Scottish Leaving Certificate Examination, 1959
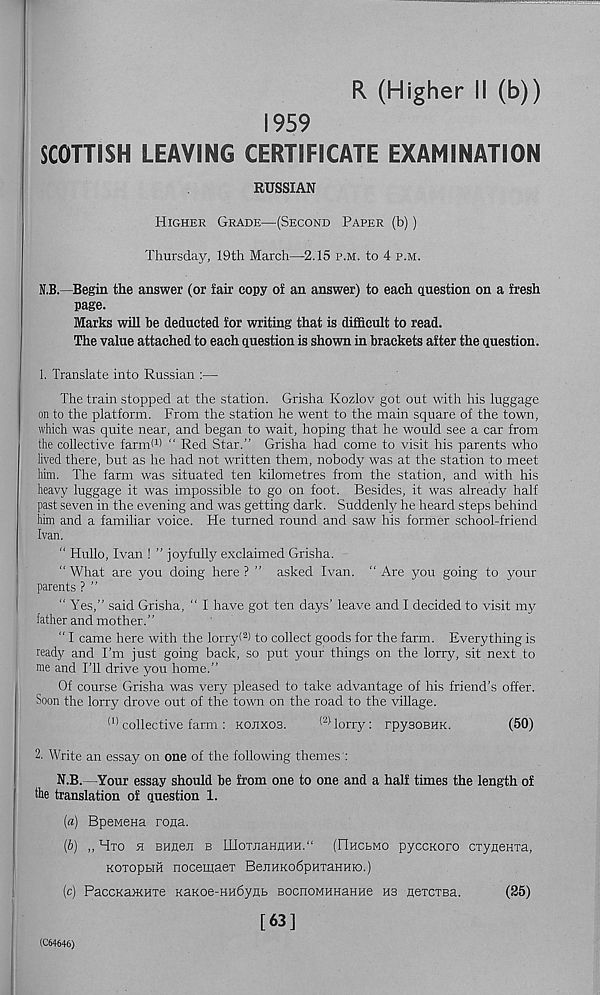
R (Higher II (b))
1959
SCOTTISH LEAVING CERTIFICATE EXAMINATION
RUSSIAN
Higher Grade—(Second Paper (b))
Thursday, 19th March—2.15 p.m. to 4 p.m.
N.B.—Begin the answer (or fair copy of an answer) to each question on a fresh
page.
Marks will be deducted for writing that is difficult to read.
The value attached to each question is shown in brackets after the question.
1. Translate into Russian :—
The train stopped at the station. Grisha Kozlov got out with his luggage
on to the platform. From the station he went to the main square of the town,
which was quite near, and began to wait, hoping that he would see a car from
the collective farm! 1 ) “ Red Star.” Grisha had come to visit his parents who
lived there, but as he had not written them, nobody was at the station to meet
him. The farm was situated ten kilometres from the station, and with his
heavy luggage it was impossible to go on foot. Besides, it was already half
past seven in the evening and was getting dark. Suddenly he heard steps behind
him and a familiar voice. He turned round and saw his former school-friend
Ivan.
“ Hullo, Ivan ! ” joyfully exclaimed Grisha.
“ What are you doing here ? ” asked Ivan. “ Are you going to your
parents ? ”
" Yes,” said Grisha, “ I have got ten days’ leave and I decided to visit my
father and mother.”
“ I came here with the lorry( 2 ) to collect goods for the farm. Everything is
ready and I’m just going back, so put your things on the lorry, sit next to
me and I’ll drive you home.”
Of course Grisha was very pleased to take advantage of his friend’s offer.
Soon the lorry drove out of the town on the road to the village.
(1) collective farm: kojixos.
(2) -lorry: rpysoBHK.
(50)
2. Write an essay on one of the following themes':
N.B.—Your essay should be from one to one and a half times the length of
file translation of question 1.
(«) BpeMena rona.
(b) ,, Hto h BHHen b IIIoTJiaHnHH.“ (IlHCbMo pyccKoro CTyneHia,
KOTopbiH nocemaer BeiMKodpuTaHHio.)
(c) PaccKa>KHTe KaKoe-Hn6ynb BocnoMHHaHne ns nercTBa.
(25)
[63]
(C64646)